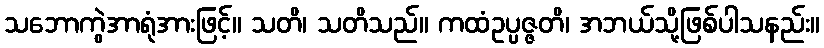
သဘောကွဲအာရုံအားဖြင့်။ သတိ၊ သတိသည်။ ကထံဥပ္ပဇ္ဇတိ၊ အဘယ်သို့ဖြစ်ပါသနည်း။